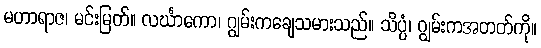
မဟာရာဇ၊ မင်းမြတ်။ လင်္ဃာကော၊ ဂျွမ်းကချေသမားသည်။ သိပ္ပံ၊ ဂျွမ်းကအတတ်ကို။